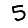
Digit: 5